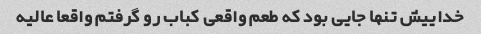
خداییش تنها جایی بود که طعم واقعی کباب رو گرفتم واقعا عالیه